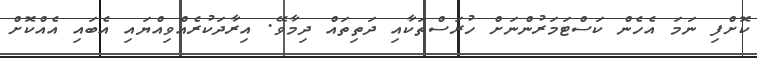
ކޮށްފި ނަމަ އެހެން ކަސްޓަމަރުންނަށް ހުރަސްތަކާއި ދަތިތައް ދިމާވޭ. އިރާދަކުރެއްވިއްޔައި އެބައި އެއްކޮށް